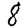
Digit: 8